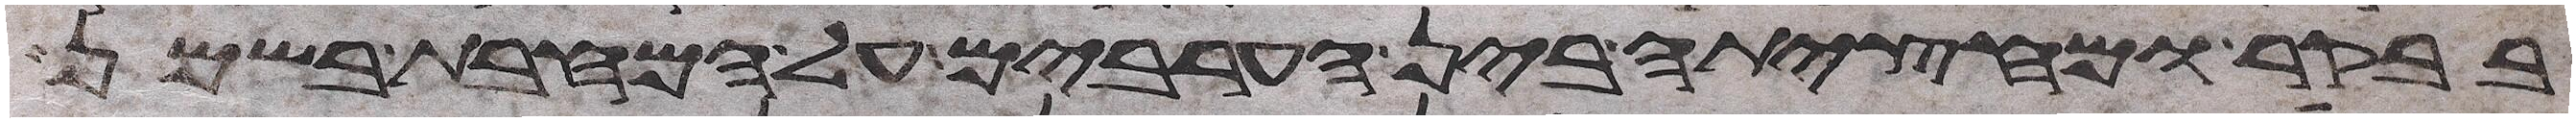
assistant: בבקר ומחציתה בין הערבים על המחבת בשמן